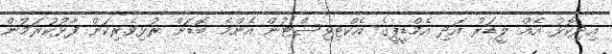
އިދިކޮޅު އެއް ލީޑަރު އަދި އެމްޑީޕީގެ އެކްޓިވިސްޓުން އެންމެ ބޮޑަށް ރުޅިވެރިކަން ފާޅުކުރަމުން